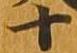
十